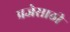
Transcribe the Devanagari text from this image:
प्रजेसाठी